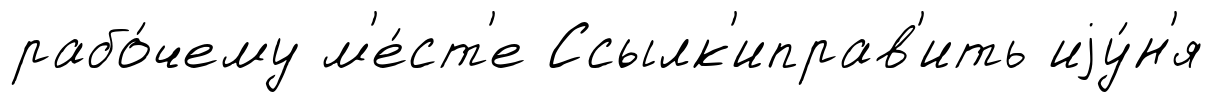
рабо́чему м'е́ст'е Ссылк'иправ'ить иjу́н'я